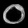
Digit: ၀